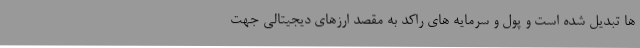
ها تبدیل شده است و پول و سرمایه های راکد به مقصد ارزهای دیجیتالی جهت